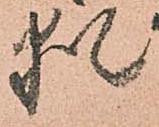
猶